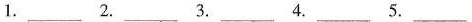
1. ___ 2.___ 3.___ 4.____ 5.___